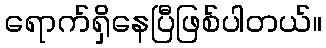
ရောက်ရှိနေပြီဖြစ်ပါတယ်။